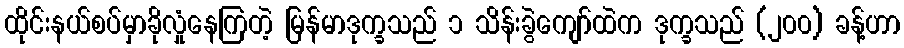
ထိုင်းနယ်စပ်မှာခိုလှုံနေကြတဲ့ မြန်မာဒုက္ခသည် ၁ သိန်းခွဲကျော်ထဲက ဒုက္ခသည် (၂၀၀) ခန့်ဟာ